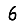
Digit: 6